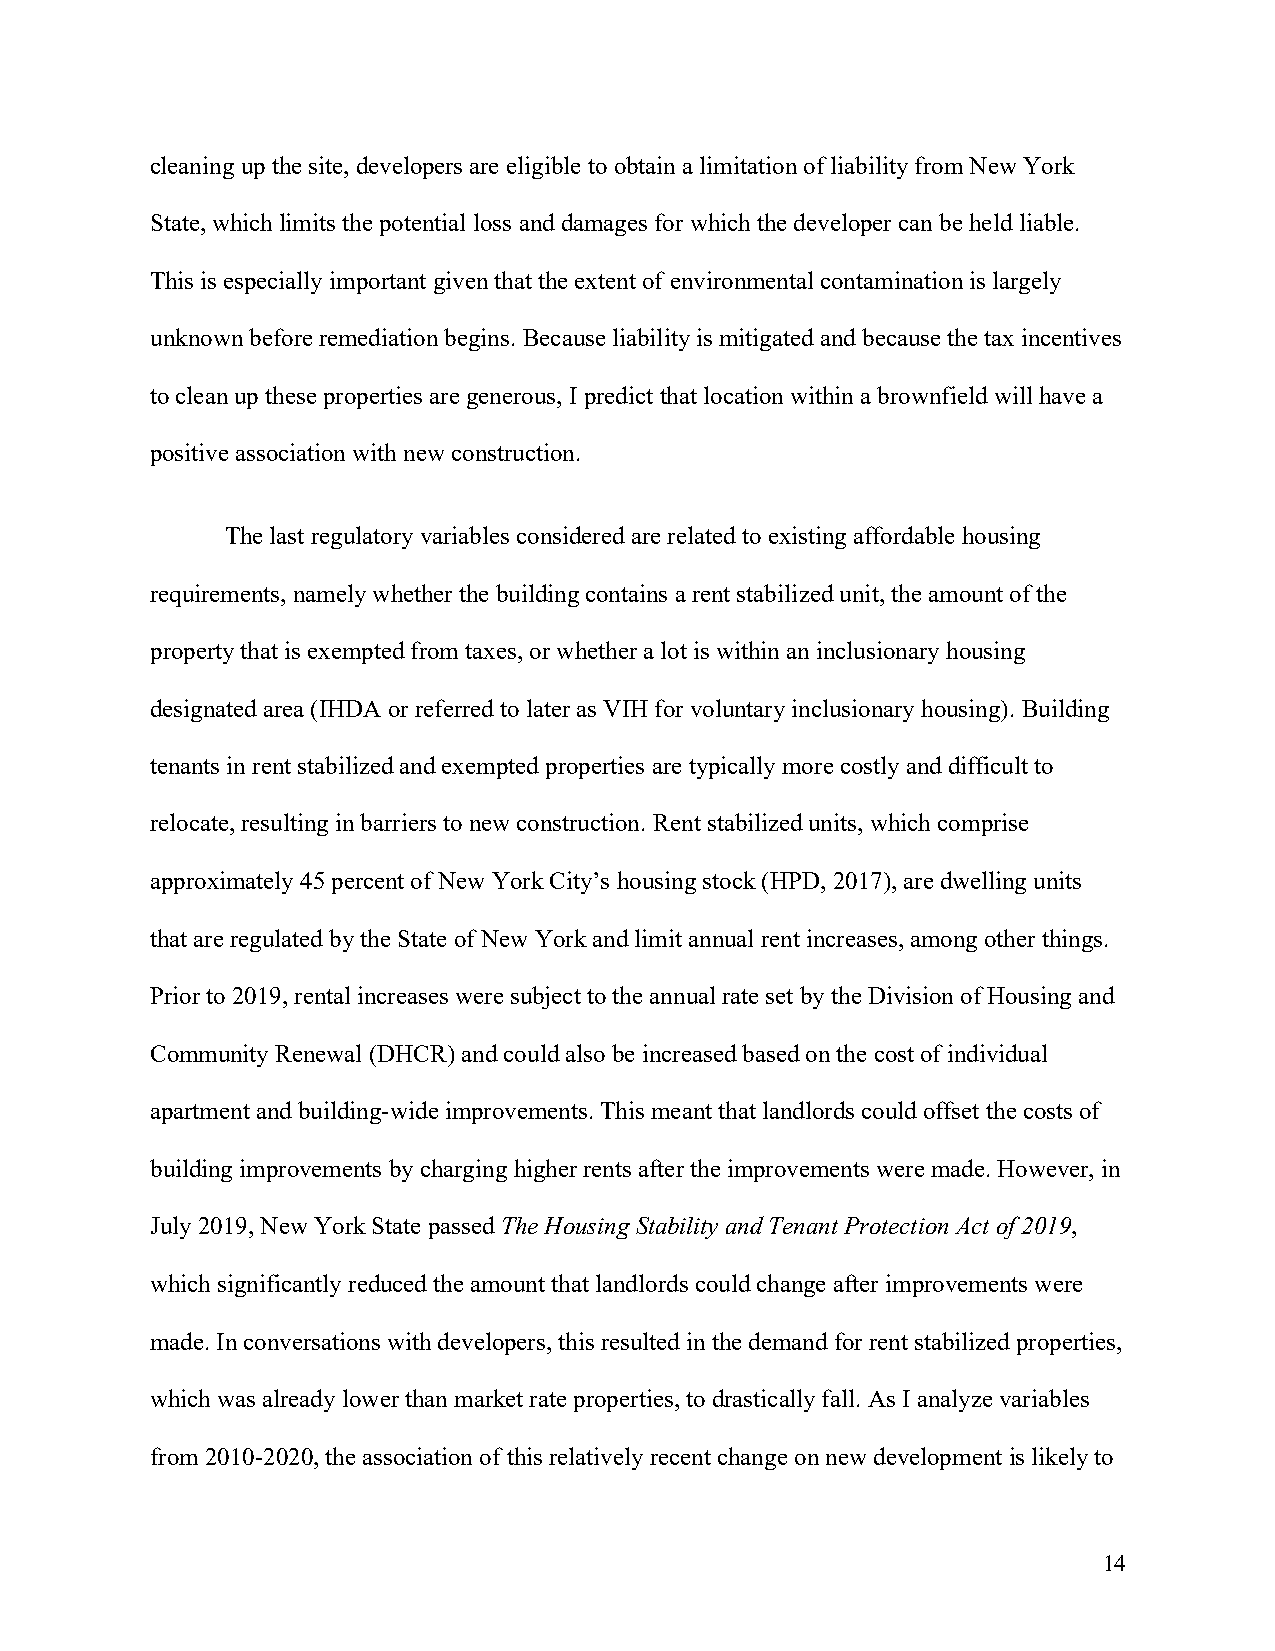
cleaning up the site, developers are eligible to obtain a limitation of liability from New York
 State, which limits the potential loss and damages for which the developer can be held liable.
 This is especially important given that the extent of environmental contamination is largely
 unknown before remediation begins. Because liability is mitigated and because the tax incentives
 to clean up these properties are generous, I predict that location within a brownfield will have a
 positive association with new construction.
 The last regulatory variables considered are related to existing affordable housing
 requirements, namely whether the building contains a rent stabilized unit, the amount of the
 property that is exempted from taxes, or whether a lot is within an inclusionary housing
 designated area (IHDA or referred to later as VIH for voluntary inclusionary housing). Building
 tenants in rent stabilized and exempted properties are typically more costly and difficult to
 relocate, resulting in barriers to new construction. Rent stabilized units, which comprise
 approximately 45 percent of New York City’s housing stock (HPD, 2017), are dwelling units
 that are regulated by the State of New York and limit annual rent increases, among other things.
 Prior to 2019, rental increases were subject to the annual rate set by the Division of Housing and
 Community Renewal (DHCR) and could also be increased based on the cost of individual
 apartment and building-wide improvements. This meant that landlords could offset the costs of
 building improvements by charging higher rents after the improvements were made. However, in
 July 2019, New York State passed The Housing Stability and Tenant Protection Act of 2019,
 which significantly reduced the amount that landlords could change after improvements were
 made. In conversations with developers, this resulted in the demand for rent stabilized properties,
 which was already lower than market rate properties, to drastically fall. As I analyze variables
 from 2010-2020, the association of this relatively recent change on new development is likely to
 14